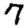
Digit: 7